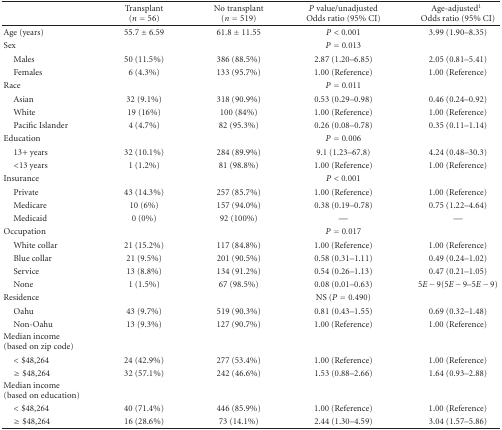
<table><thead><tr><td><b> </b></td><td><b>Transplant (<i>n</i> = 56)</b></td><td><b>No transplant (<i>n</i> = 519)</b></td><td><b><i>P</i> value/unadjusted Odds ratio (95% CI)</b></td><td><b>Age-adjusted<sup>1</sup>Odds ratio (95% CI)</b></td></tr></thead><tbody><tr><td>Age (years) </td><td>55.7 ± 6.59</td><td>61.8 ± 11.55</td><td><i>P</i> &lt; 0.001</td><td>3.99 (1.90–8.35)</td></tr><tr><td>Sex</td><td> </td><td> </td><td><i>P</i> = 0.013</td><td> </td></tr><tr><td> Males</td><td>50 (11.5%)</td><td>386 (88.5%)</td><td>2.87 (1.20–6.85)</td><td>2.05 (0.81–5.41)</td></tr><tr><td> Females</td><td>6 (4.3%)</td><td>133 (95.7%)</td><td>1.00 (Reference)</td><td>1.00 (Reference)</td></tr><tr><td> Race</td><td> </td><td> </td><td><i>P</i> = 0.011</td><td> </td></tr><tr><td> Asian</td><td>32 (9.1%)</td><td>318 (90.9%) </td><td>0.53 (0.29–0.98)</td><td>0.46 (0.24–0.92)</td></tr><tr><td> White</td><td>19 (16%)</td><td>100 (84%)</td><td>1.00 (Reference)</td><td>1.00 (Reference)</td></tr><tr><td> Pacific Islander</td><td>4 (4.7%)</td><td>82 (95.3%)</td><td>0.26 (0.08–0.78)</td><td>0.35 (0.11–1.14)</td></tr><tr><td>Education</td><td> </td><td> </td><td><i>P</i> = 0.006</td><td> </td></tr><tr><td> 13+ years</td><td>32 (10.1%)</td><td>284 (89.9%)</td><td>9.1 (1.23–67.8)</td><td>4.24 (0.48–30.3)</td></tr><tr><td> &lt;13 years</td><td>1 (1.2%)</td><td>81 (98.8%)</td><td>1.00 (Reference)</td><td>1.00 (Reference)</td></tr><tr><td>Insurance </td><td> </td><td> </td><td><i>P</i> &lt; 0.001</td><td> </td></tr><tr><td> Private</td><td>43 (14.3%)</td><td>257 (85.7%)</td><td>1.00 (Reference)</td><td>1.00 (Reference)</td></tr><tr><td> Medicare</td><td>10 (6%)</td><td>157 (94.0%)</td><td>0.38 (0.19–0.78)</td><td>0.75 (1.22–4.64)</td></tr><tr><td> Medicaid</td><td>0 (0%)</td><td>92 (100%)</td><td>—</td><td>—</td></tr><tr><td>Occupation</td><td> </td><td> </td><td><i>P</i> = 0.017</td><td> </td></tr><tr><td> White collar</td><td>21 (15.2%)</td><td>117 (84.8%)</td><td>1.00 (Reference)</td><td>1.00 (Reference)</td></tr><tr><td> Blue collar</td><td>21 (9.5%)</td><td>201 (90.5%)</td><td>0.58 (0.31–1.11)</td><td>0.49 (0.24–1.02)</td></tr><tr><td> Service</td><td>13 (8.8%)</td><td>134 (91.2%)</td><td>0.54 (0.26–1.13)</td><td>0.47 (0.21–1.05)</td></tr><tr><td> None</td><td>1 (1.5%)</td><td>67 (98.5%)</td><td>0.08 (0.01–0.63)</td><td>5<i>E</i> − 9(5<i>E</i> − 9–5<i>E</i> − 9)</td></tr><tr><td>Residence</td><td> </td><td> </td><td>NS (<i>P</i> = 0.490)</td><td> </td></tr><tr><td> Oahu</td><td>43 (9.7%)</td><td>519 (90.3%)</td><td>0.81 (0.43–1.55)</td><td>0.69 (0.32–1.48)</td></tr><tr><td> Non-Oahu</td><td>13 (9.3%)</td><td>127 (90.7%)</td><td>1.00 (Reference)</td><td>1.00 (Reference)</td></tr><tr><td>Median income (based on zip code)</td><td> </td><td> </td><td> </td><td> </td></tr><tr><td> &lt;$48,264</td><td>24 (42.9%)</td><td>277 (53.4%)</td><td>1.00 (Reference)</td><td>1.00 (Reference)</td></tr><tr><td> ≥$48,264</td><td>32 (57.1%)</td><td>242 (46.6%)</td><td>1.53 (0.88–2.66)</td><td>1.64 (0.93–2.88)</td></tr><tr><td>Median income (based on education)</td><td> </td><td> </td><td> </td><td> </td></tr><tr><td> &lt;$48,264</td><td> 40 (71.4%)</td><td>446 (85.9%)</td><td>1.00 (Reference)</td><td>1.00 (Reference)</td></tr><tr><td> ≥$48,264</td><td>16 (28.6%)</td><td> 73 (14.1%)</td><td>2.44 (1.30–4.59)</td><td>3.04 (1.57–5.86)</td></tr></tbody></table>